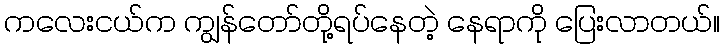
ကလေးငယ်က ကျွန်တော်တို့ရပ်နေတဲ့ နေရာကို ပြေးလာတယ်။